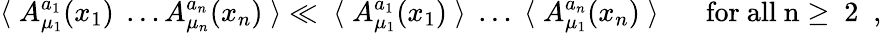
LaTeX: \langle\; A_{\mu_{1}}^{a_{1}}(x_{1})\; \ldots A_{\mu_{n}}^{a_{n}}(x_{n})\; \rangle\ll\; \langle\; A_{\mu_{1}}^{a_{1}}(x_{1})\; \rangle\; \ldots\; \langle\; A_{\mu_{1}}^{a_{n}}(x_{n})\; \rangle\; \; \; \; \; \; \mathrm{for~all~n\ge~2~}\; ,